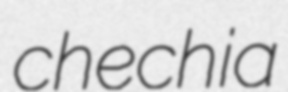
chechia